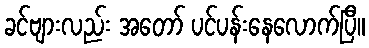
ခင်ဗျားလည်း အတော် ပင်ပန်းနေလောက်ပြီ။